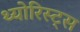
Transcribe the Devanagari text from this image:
थ्योरिस्ट्स